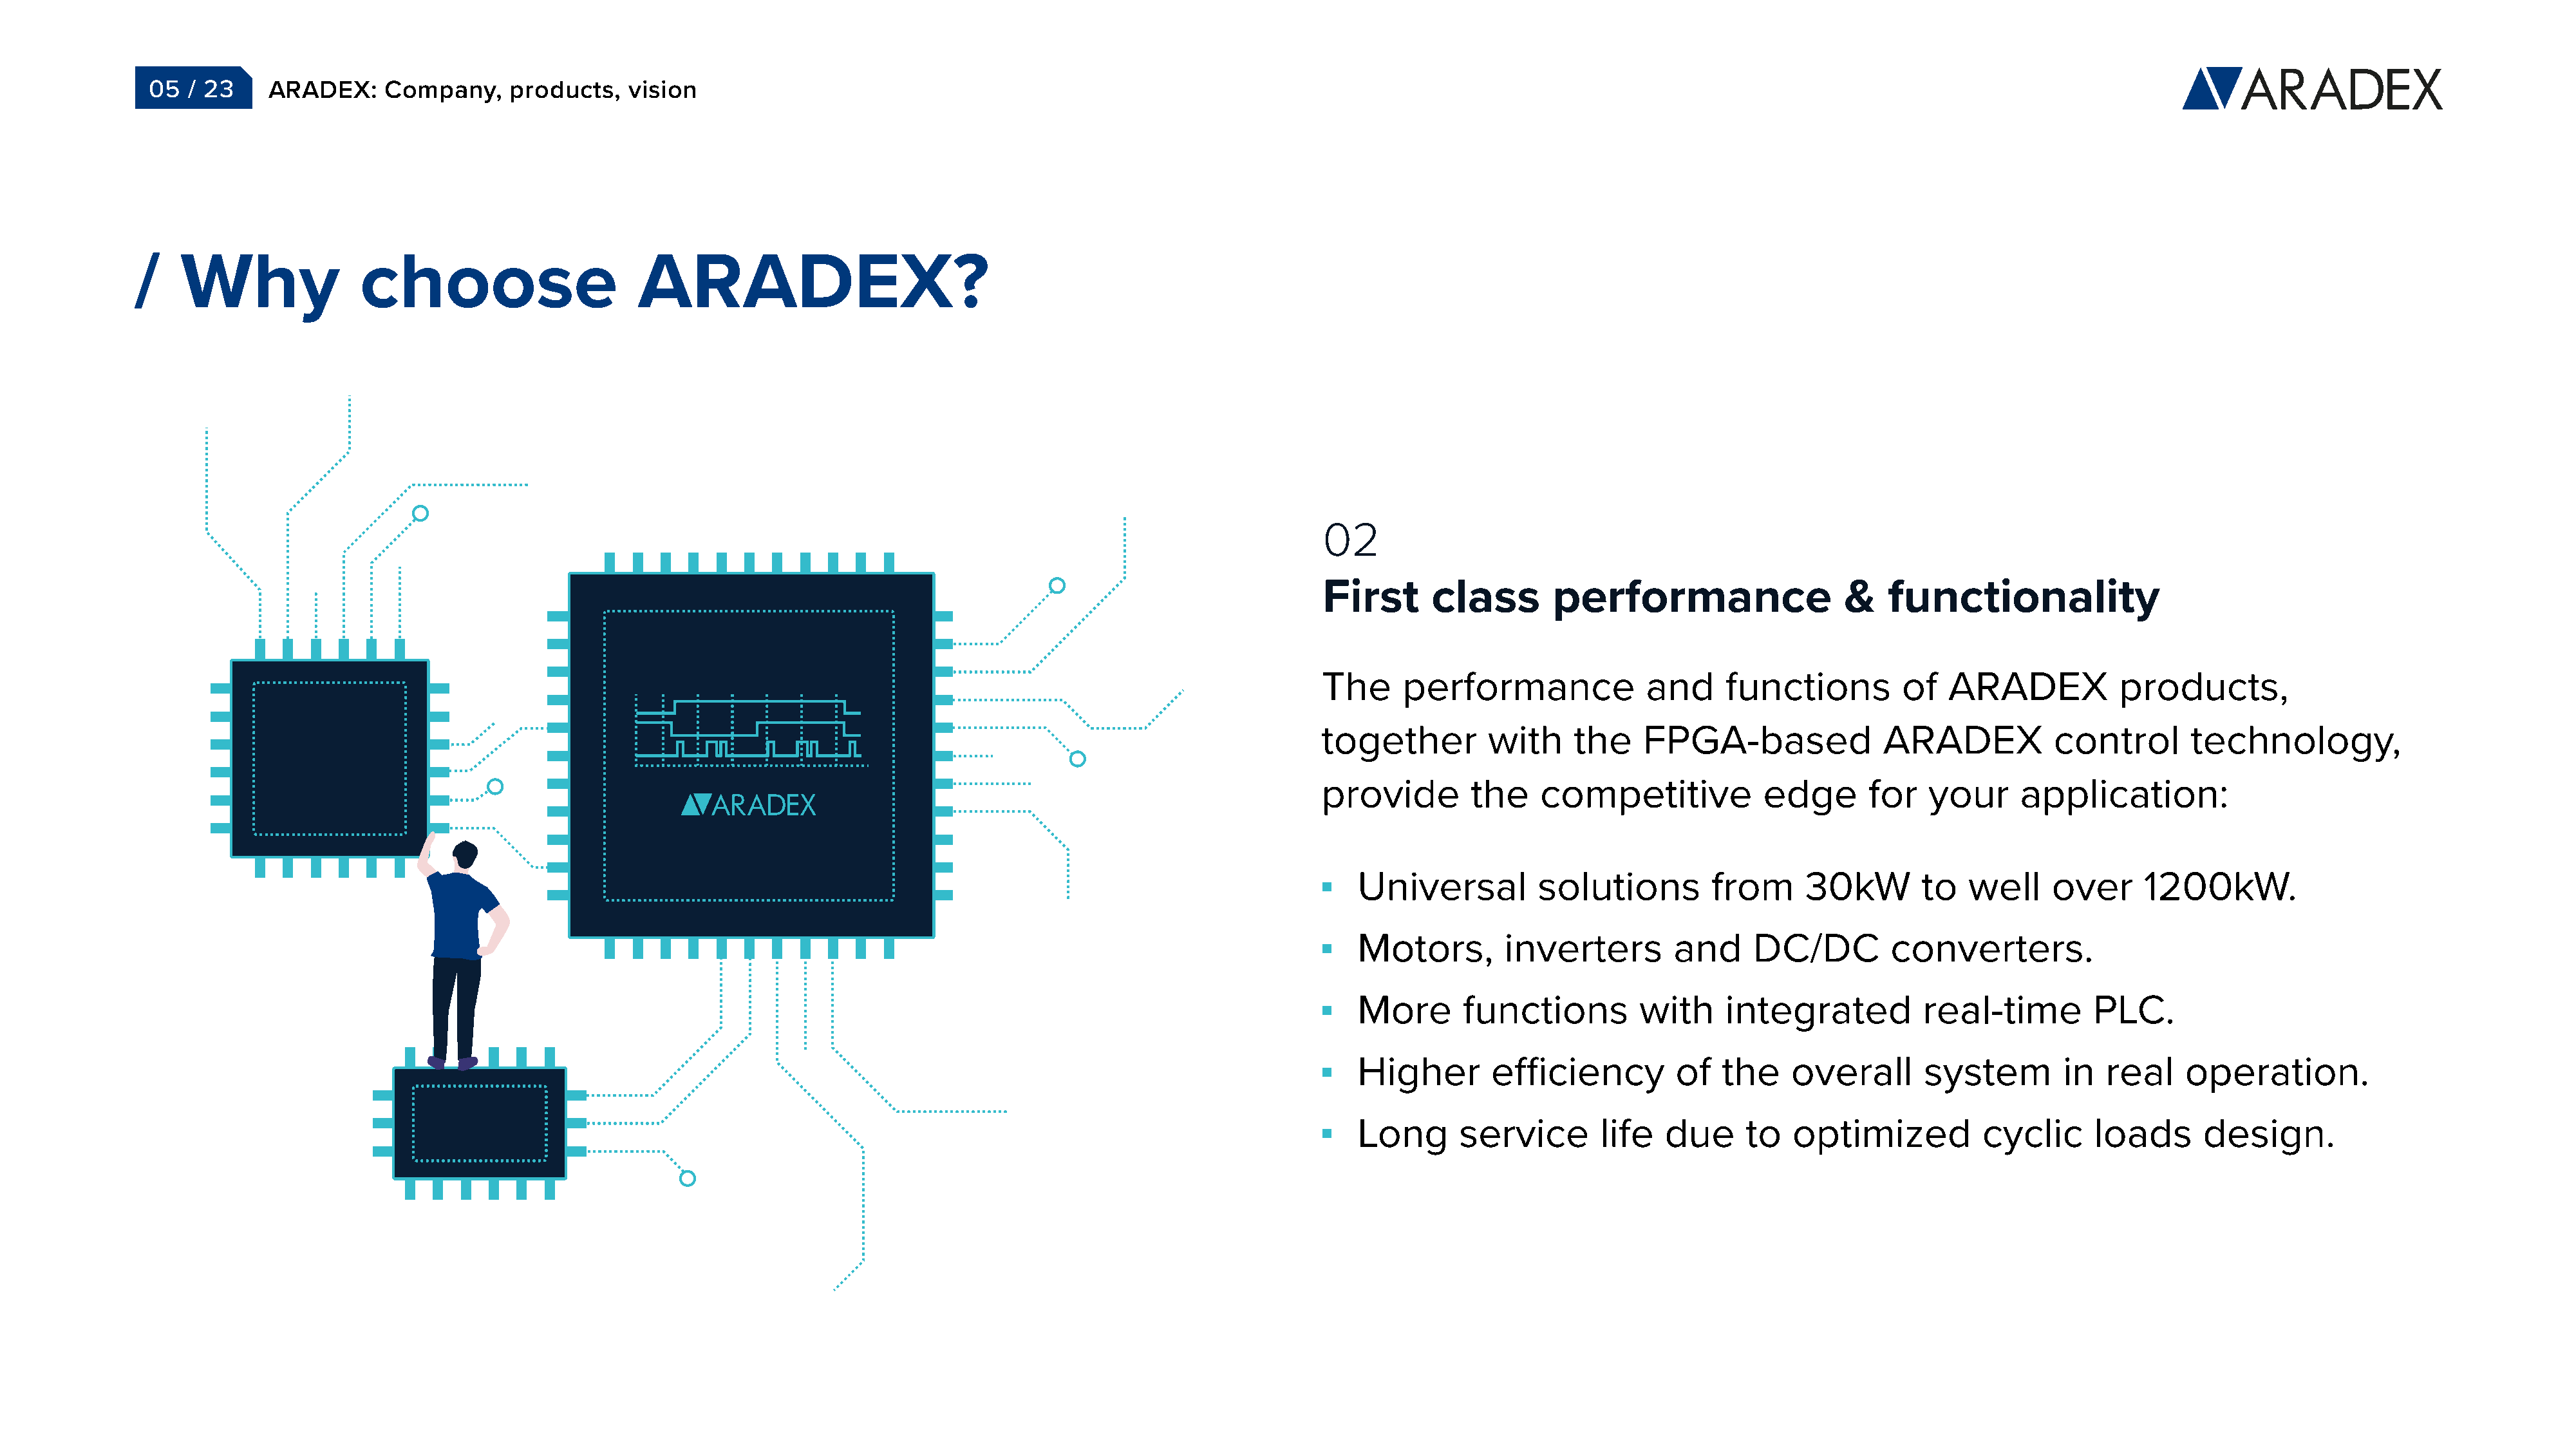
05  / 23     ARADEX:     Company,    products,    vision
 /    Why               choose                       ARADEX?
 02
 First      class        performance                   &   functionality
 The     performance              and     functions          of  ARADEX            products,
 together         with     the    FPGA-based               ARADEX           control       technology,
 provide        the    competitive            edge       for   your      application:
 Universal         solutions         from      30kW        to  well     over     1200kW.
 Motors,        inverters        and     DC/DC         converters.
 More      functions          with    integrated           real-time        PLC.
 Higher       efficiency         of   the    overall       system        in  real     operation.
 Long      service       life   due     to   optimized           cyclic     loads      design.